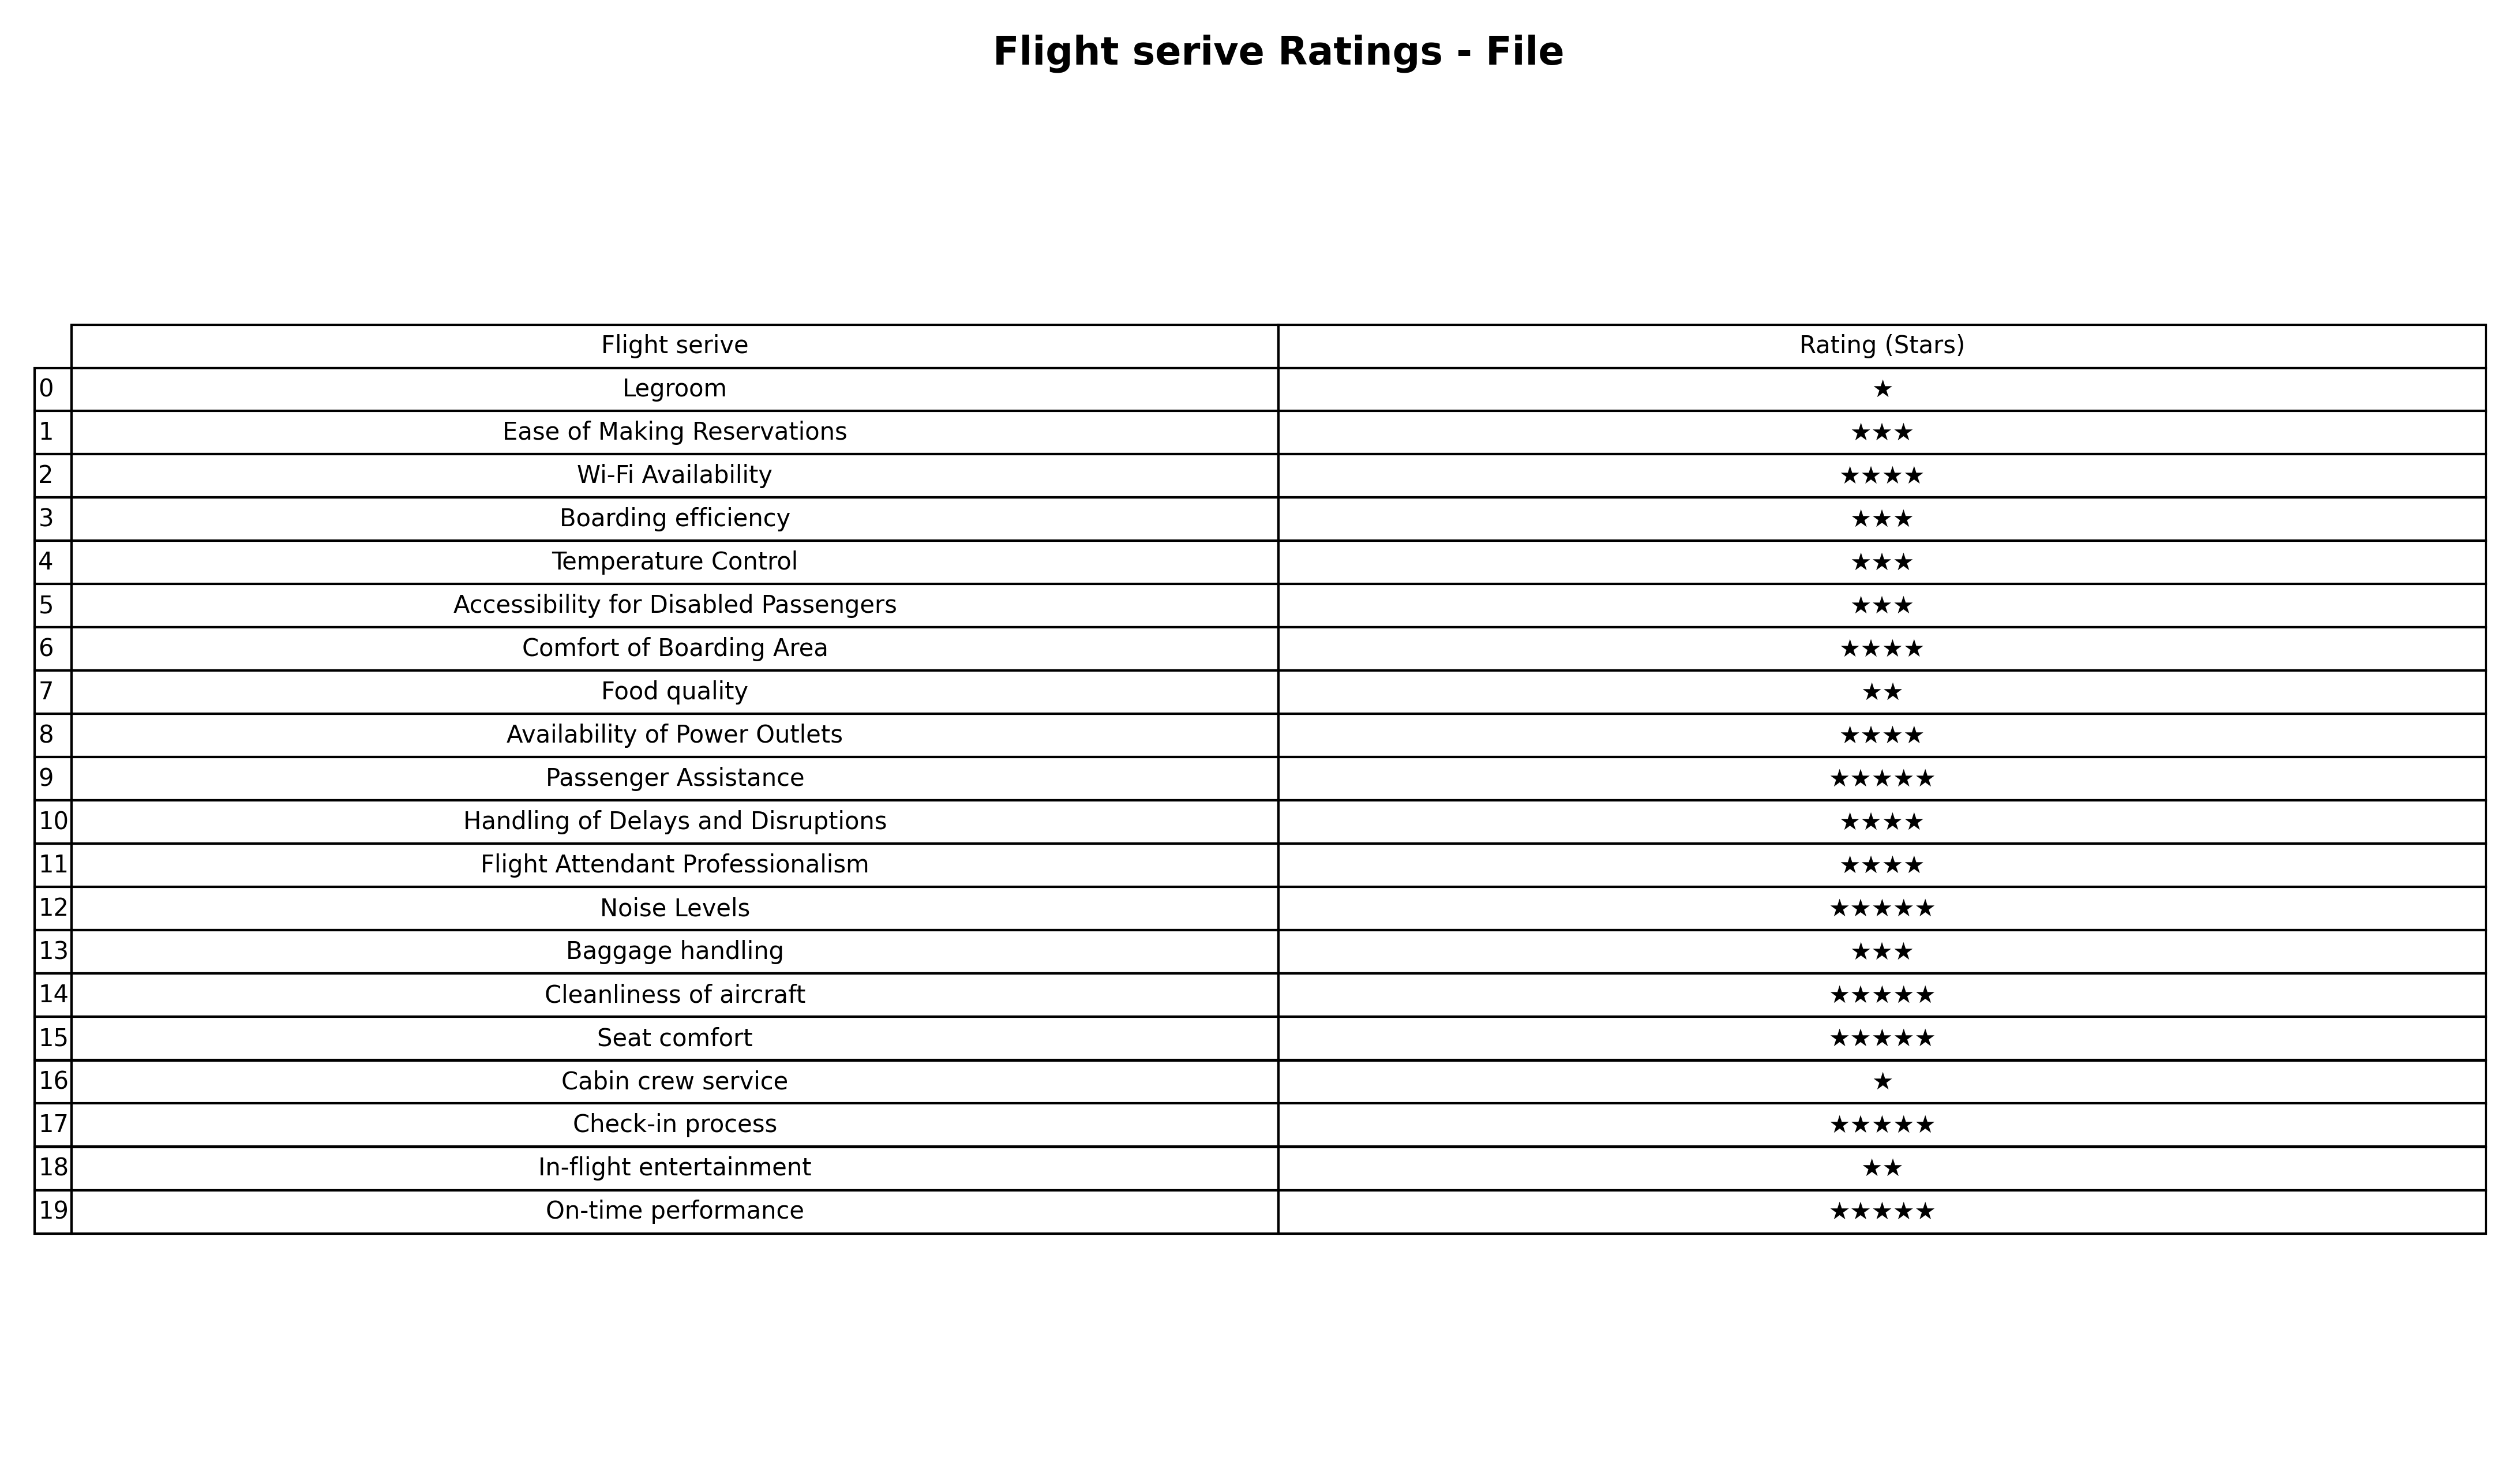
question: What are highest rating services?
answer: Passenger AssistanceNoise LevelsCleanliness of aircraftSeat comfortCheck-in processOn-time performance